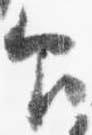
印